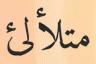
متلألئ